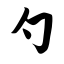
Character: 勺